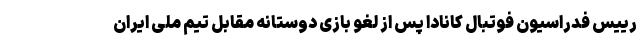
رییس فدراسیون فوتبال کانادا پس از لغو بازی دوستانه مقابل تیم ملی ایران